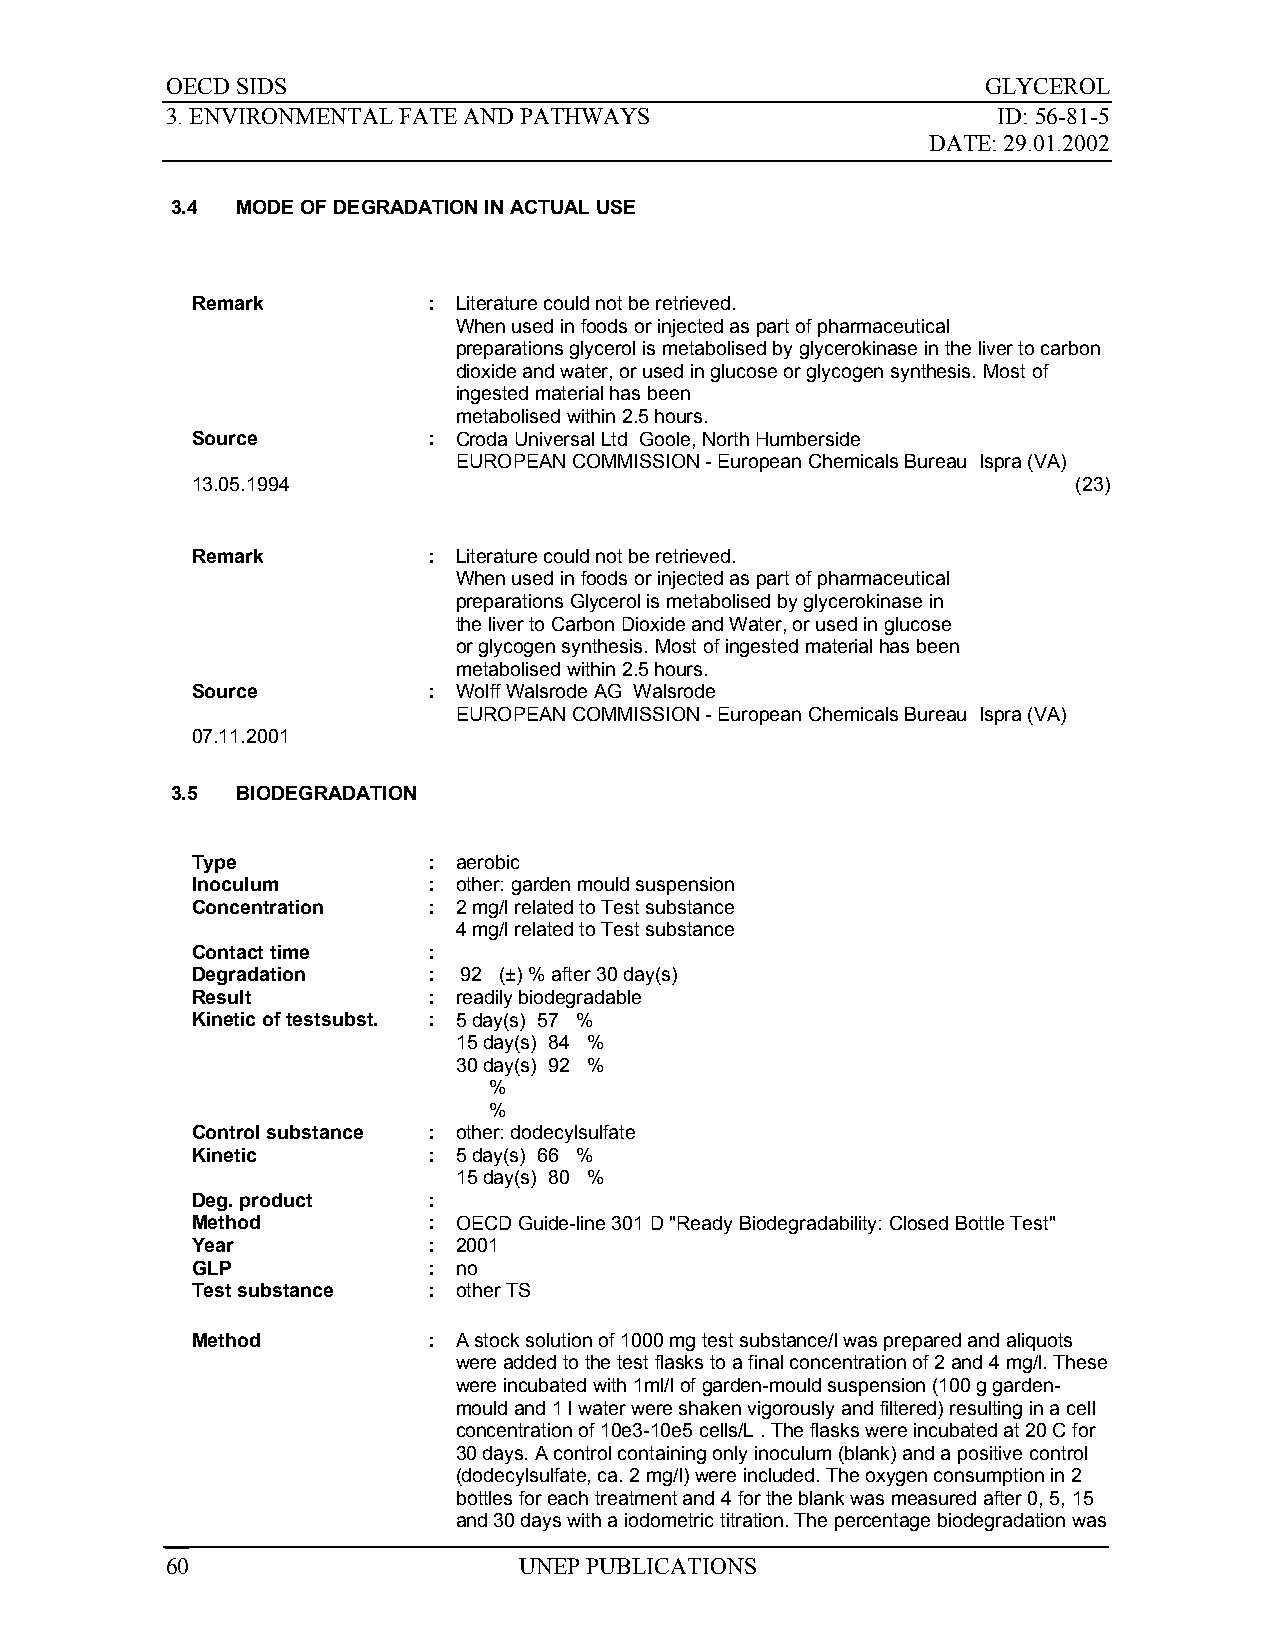
OECD SIDS                                             GLYCEROL
 3. ENVIRONMENTAL FATE AND PATHWAYS                     ID: 56-81-5
 DATE: 29.01.2002
 3.4  MODE OF DEGRADATION IN ACTUAL USE
 Remark         : Literature could not be retrieved.
 When used in foods or injected as part of pharmaceutical
 preparations glycerol is metabolised by glycerokinase in the liver to carbon
 dioxide and water, or used in glucose or glycogen synthesis. Most of
 ingested material has been
 metabolised within 2.5 hours.
 Source         : Croda Universal Ltd Goole, North Humberside
 EUROPEAN COMMISSION - European Chemicals Bureau Ispra (VA)
 13.05.1994                                                (23)
 Remark         : Literature could not be retrieved.
 When used in foods or injected as part of pharmaceutical
 preparations Glycerol is metabolised by glycerokinase in
 the liver to Carbon Dioxide and Water, or used in glucose
 or glycogen synthesis. Most of ingested material has been
 metabolised within 2.5 hours.
 Source         : Wolff Walsrode AG Walsrode
 EUROPEAN COMMISSION - European Chemicals Bureau Ispra (VA)
 07.11.2001
 3.5  BIODEGRADATION
 Type           : aerobic
 Inoculum       : other: garden mould suspension
 Concentration  : 2 mg/l related to Test substance
 4 mg/l related to Test substance
 Contact time   :
 Degradation    :  92 (±) % after 30 day(s)
 Result         : readily biodegradable
 Kinetic of testsubst. : 5 day(s) 57 %
 15 day(s) 84 %
 30 day(s) 92 %
 %
 %
 Control substance : other: dodecylsulfate
 Kinetic        : 5 day(s) 66 %
 15 day(s) 80 %
 Deg. product   :
 Method         : OECD Guide-line 301 D "Ready Biodegradability: Closed Bottle Test"
 Year           : 2001
 GLP            : no
 Test substance : other TS
 Method         : A stock solution of 1000 mg test substance/l was prepared and aliquots
 were added to the test flasks to a final concentration of 2 and 4 mg/l. These
 were incubated with 1ml/l of garden-mould suspension (100 g garden-
 mould and 1 l water were shaken vigorously and filtered) resulting in a cell
 concentration of 10e3-10e5 cells/L . The flasks were incubated at 20 C for
 30 days. A control containing only inoculum (blank) and a positive control
 (dodecylsulfate, ca. 2 mg/l) were included. The oxygen consumption in 2
 bottles for each treatment and 4 for the blank was measured after 0, 5, 15
 and 30 days with a iodometric titration. The percentage biodegradation was
 60                     UNEP PUBLICATIONS